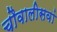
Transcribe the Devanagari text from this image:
चौवालीसवां